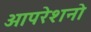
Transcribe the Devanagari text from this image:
आपरेशनो